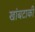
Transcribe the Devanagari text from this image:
खांबटाकी